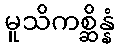
မူသိကစ္ဆိန္နံ